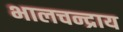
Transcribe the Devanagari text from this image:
भालचन्द्राय